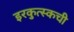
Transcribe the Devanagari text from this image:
इरकुत्स्कची